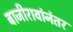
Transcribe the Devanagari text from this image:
बाजीरावांनंतर